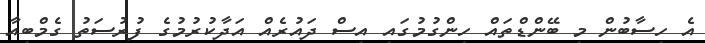
އެ ހިސާބުން މި ބޭންޑްތައް ހިންގުމުގައި އިސް ދައުރެއް އަދާކުރުމުގެ ފުރުސަތު ގެމްބިއާ